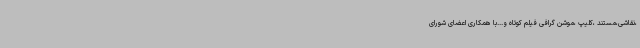
،نقاشی،مستند ،کلیپ ،موشن گرافی فیلم کوتاه و...با همکاری اعضای شورای